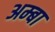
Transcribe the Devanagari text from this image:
अम्‍बा